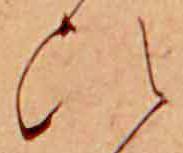
ひ